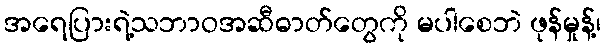
အရေပြားရဲ့သဘာဝအဆီဓာတ်တွေကို မပါစေဘဲ ဖုန်မှုန့်၊